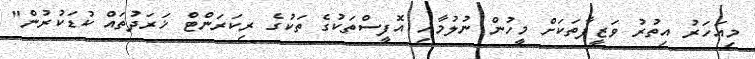
މިއަހަރު އިތުރު ވަޒީފާތަކަށް މީހުން ނުލުމާއި އޮފީސްތަކުގެ ތަކުގެ ރިކަރަންޓް ޚަރަދުތައް ކުޑަކުރުން"